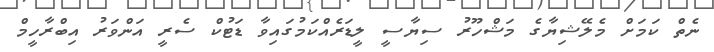
ނެތް ކަމަށް މެލޭޝިޔާގެ މަޝްހޫރު ސިޔާސީ ލީޑަރެއްކަމުގައިވާ ޑަޓުކް ސެރީ އަންވަރު އިބްރާހީމް